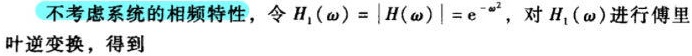
不考虑系统的相频特性，令$H_{1}(\omega)=|H(\omega)| = e^{-\omega^{2}}$，对$H_{1}(\omega)$进行傅里叶逆变换，得到